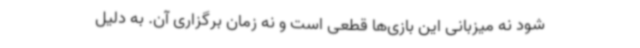
شود نه میزبانی این بازی‌ها قطعی است و نه زمان برگزاری آن. به دلیل